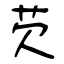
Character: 芡